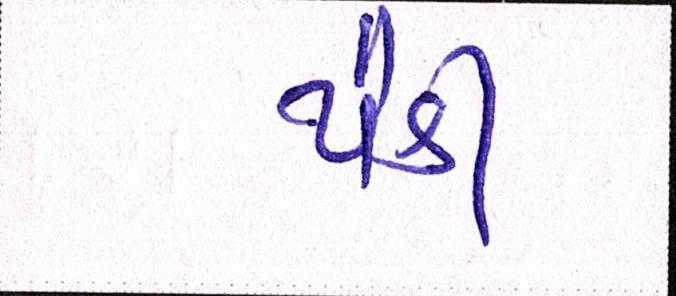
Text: પૈકી